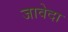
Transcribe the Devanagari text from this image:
जावेदा